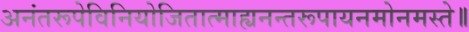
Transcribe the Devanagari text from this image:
अनंतरूपेविनियोजितात्माह्यनन्तरूपायनमोनमस्ते॥